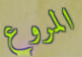
المروع